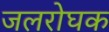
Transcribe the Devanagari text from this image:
जलरोघक